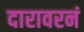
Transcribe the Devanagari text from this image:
दारावरनं